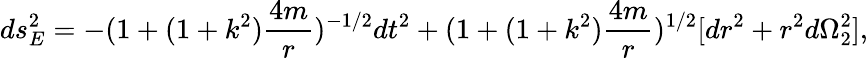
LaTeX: ds_{E}^{2}=-(1+(1+k^{2})\frac{4m}{r})^{-1/2}dt^{2}+(1+(1+k^{2})\frac{4m}{r})^{1/2}[dr^{2}+r^{2}d\Omega_{2}^{2}],